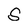
Character: S